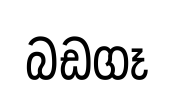
බඩගෑ